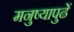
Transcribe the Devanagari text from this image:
मनुष्यापुढें